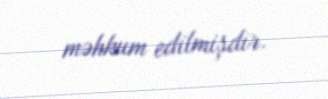
məhkum edilmişdir.